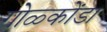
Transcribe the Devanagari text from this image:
गोळ्कोंडा